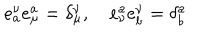
e _ { a } ^ { \nu } e _ { \mu } ^ { a } = \delta _ { \mu } ^ { \nu } , \quad e _ { \nu } ^ { a } e _ { b } ^ { \nu } = \delta _ { b } ^ { a }